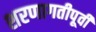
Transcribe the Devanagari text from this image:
शरणागतीपूर्वी